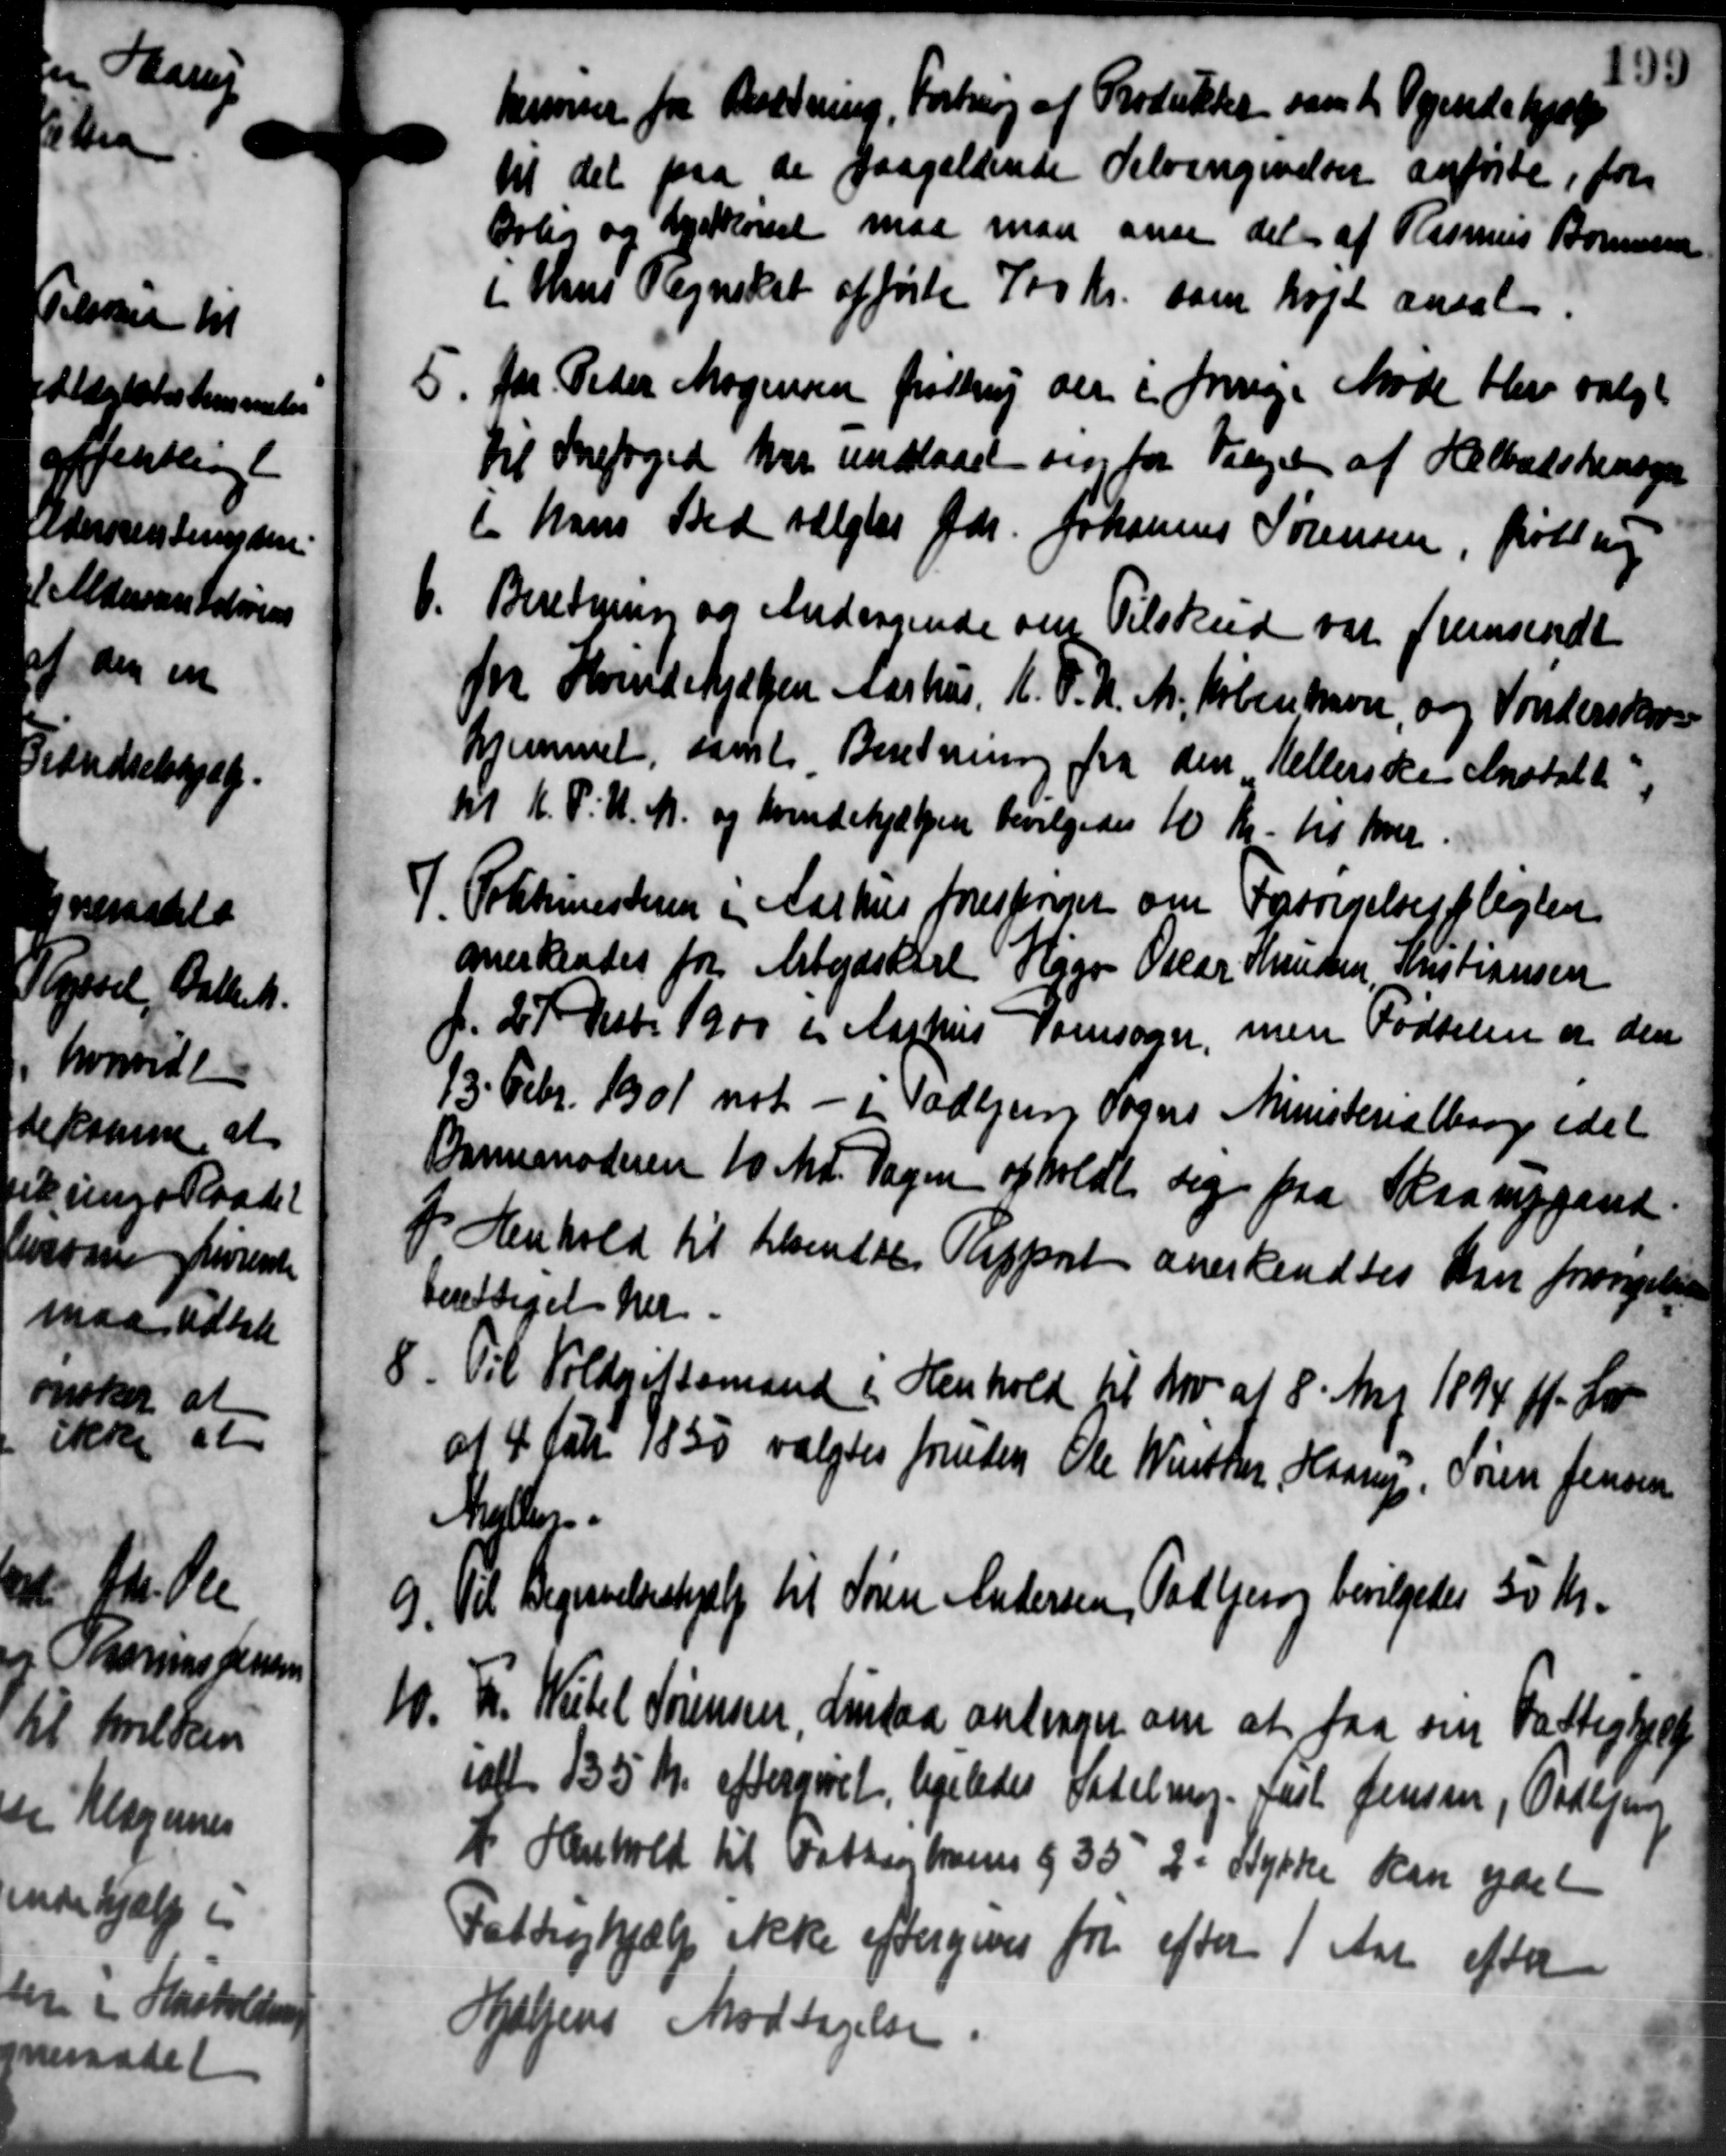
Transskription:
kammer fra Bredning, Forbring af Produktet som til Tyendehjælp
til det paa de paagældende Selvangivelser anførte, for
Orlig og Sydkørsel maa man anse del af Rasmus Bonnesen
i Hans Regnskab afførte 700 Kr. som højt ansat
5. for Peder Mogensen frastrup der i forrige Møde blev valgt
5. for Peder Mogensen frastrup der i forrige Møde blev valgt
til Snefoged har undslaaet sig for Valget af Helbadshensyn
i hans Sted valgtes Gdr. Johannes Sørensen, prølling
6.
Beretning og Andragende om Tilskud var fremsendt
Tr. Hvindehjælpen Aarhus. K. F. U. M. København, og Vanderskovs
Hjemmel, samle Beretning fra den Kellerske Anstalte
tl K. P. U. M. og kvindehjælpen bevilgedes 10 Kr. til hver.
7. Politimesteren i Aarhus forespørger om Forsørgelsespligter
7. Politimesteren i Aarhus forespørger om Forsørgelsespligter
anerkendes for Arbejdskarl Høgo Oscar Knudsen Kristiansen
f. 27 Decbr 1900 i Aarhus Porsogn, men Fødselen er den
13. Febr. 1901 not - i Todbjerg Sogns Ministerialborg idet
Barnemoderen 10 Md. Sagen afholdt sig fra Skaarupgaard.
I Henhold til tilsendal Resport anerkendtes kan forengelsen
berettiget her.
8. Til Voldgiftsmand i Henhold til Nov af 8' Maj 1894. H. Lar
8. Til Voldgiftsmand i Henhold til Nov af 8' Maj 1894. H. Lar
af 4 Febr 1850 valgtes fremsen Ole Winther Haarup, Søren Jensen
Nielsen
9.
Til Begivelseshjælp til Søren Andersen, Todbjerg bevilgedes 50 Kr.
10. Fr. Witel Sørensen, Listaa andrager om at faa sin Fattighjælp
10. Fr. Witel Sørensen, Listaa andrager om at faa sin Fattighjælp
ialt 135 Kr. eftergivet, ligeledes Satelig Karl Jensen, Todbjer
I Henhold til Fattigebarne og 35 2 Stykke kan ydet
Fattighjælp ikke eftergives for efter 1 Aar efter
Hjælpens Modtagelse